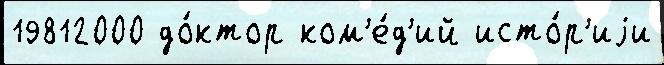
19812000 до́ктор ком'е́д'ий исто́р'иjи